Scottish Leaving Certificate Examination, 1959
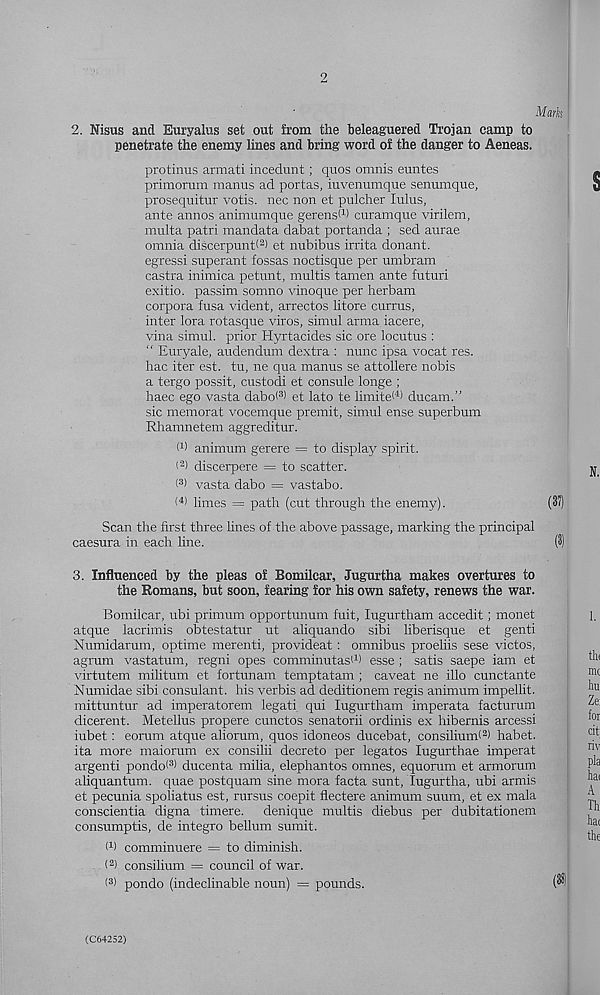
2
Mark
2. Nisus and Euryalus set out from the beleaguered Trojan camp to
penetrate the enemy lines and bring word of the danger to Aeneas.
protinus armati incedunt; quos omnis euntes
primorum manus ad portas, iuvemimque senumque,
prosequitur votis. nec non et pulcher lulus,
ante annos animumque gerens* 1 ) curamque virilem,
multa patri mandata dabat portanda ; sed aurae
omnia discerpunt< 2 > et nubibus irrita donant.
egressi superant fossas noctisque per umbram
castra inimica petunt, multis tamen ante futuri
exitio. passim somno vinoque per herbam
corpora fusa vident, arrectos litore currus,
inter lora rotasque viros, simul arma iacere,
vina simul. prior Hyrtacides sic ore locutus :
" Euryale, audendum dextra : nunc ipsa vocat res.
hac iter est. tu, ne qua manus se attollere nobis
a tergo possit, custodi et consule longe ;
haec ego vasta dabo( 3 > et lato te limited ducam.”
sic memorat vocemque premit, simul ense superbum
Rhamnetem aggreditur.
1 1 ) animum gerere = to display spirit.
1 2 ) discerpere = to scatter.
< 3 ) vasta dabo = vastabo.
( 4) limes = path (cut through the enemy).
(37)
Scan the first three lines of the above passage, marking the principal
caesura in each line.
(3)
3. Influenced by the pleas of Bomilcar, Jugurtha makes overtures to
the Romans, but soon, fearing for his own safety, renews the war.
Bomilcar, ubi primum opportunum fuit, lugurtham accedit; monet
atque lacrimis obtestatur ut aliquando sibi liberisque et genti
Numidarum, optime merenti, provideat : omnibus proehis sese victos,
agrum vastatum, regni opes comminutas' 1 ) esse ; satis saepe iam et
virtutem militum et fortunam temptatam ; caveat ne illo cunctante
Numidae sibi consulant. his verbis ad deditionem regis animum impellit.
mittuntur ad imperatorem legati qui lugurtham imperata facturum
dicerent. Metellus propere cunctos senatorii ordinis ex hibernis arcessi
iubet : eorum atque aliorum, quos idoneos ducebat, consilium! 2 ) habet.
ita more maiorum ex consilii decreto per legates lugurthae imperat
argenti pondo< 3) ducenta milia, elephantos omnes, equorum et armorum
aliquantum. quae postquam sine mora facta sunt, lugurtha, ubi armis
et pecunia spoliatus est, rursus coepit flectere animum suum, et ex mala
conscientia digna timere. denique multis diebus per dubitationem
consumptis, de integro bellum sumit.
(b comminuere — to diminish.
< 2 ) consilium = council of war.
< 3 ) pondo (indeclinable noun) = pounds.
(C64252)